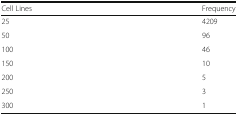
<table><thead><tr><td><b>Cell Lines</b></td><td><b>Frequency</b></td></tr></thead><tbody><tr><td>25</td><td>4209</td></tr><tr><td>50</td><td>96</td></tr><tr><td>100</td><td>46</td></tr><tr><td>150</td><td>10</td></tr><tr><td>200</td><td>5</td></tr><tr><td>250</td><td>3</td></tr><tr><td>300</td><td>1</td></tr></tbody></table>